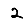
Digit: 2